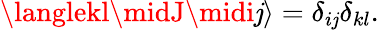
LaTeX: \langlekl\midJ\midi\mathit{j}\rangle=\delta_{i\mathit{j}}\delta_{kl}.